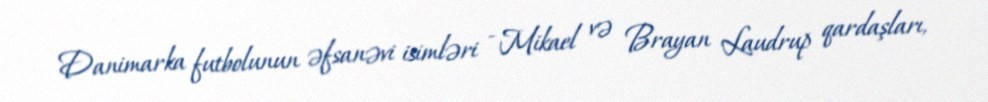
Danimarka futbolunun əfsanəvi isimləri - Mikael və Brayan Laudrup qardaşları,